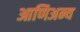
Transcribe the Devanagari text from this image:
आणिअन्य